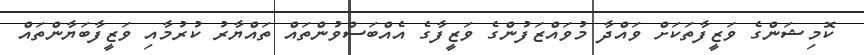
ކޮމިޝަންގެ ވަޒީފާތަކަށް ވައްދާ މުވައްޒަފުންގެ ވަޒީފާގެ އެއްބަސްވުންތައް ތައްޔާރު ކުރުމާއި ވަޒީފާބަޔާންތައް